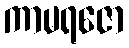
ကာမရဇော